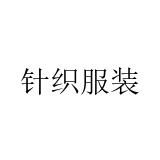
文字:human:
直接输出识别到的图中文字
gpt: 针织服装